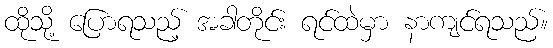
ထိုသို့ ပြောရသည့် အခါတိုင်း ရင်ထဲမှာ နာကျင်ရသည်။